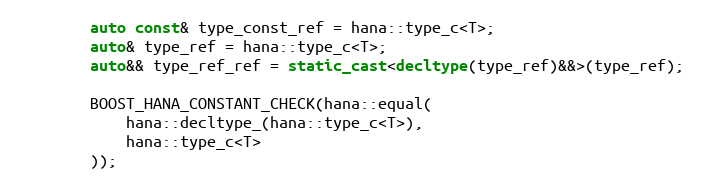
Language: C++
        auto const& type_const_ref = hana::type_c<T>;
        auto& type_ref = hana::type_c<T>;
        auto&& type_ref_ref = static_cast<decltype(type_ref)&&>(type_ref);

        BOOST_HANA_CONSTANT_CHECK(hana::equal(
            hana::decltype_(hana::type_c<T>),
            hana::type_c<T>
        ));